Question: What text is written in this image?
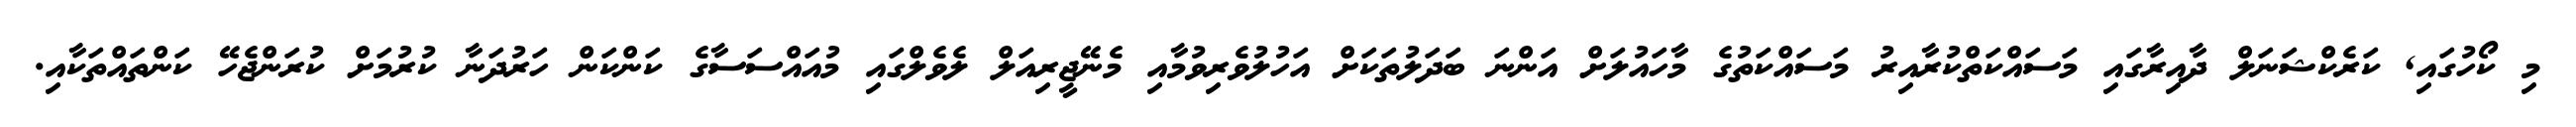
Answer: މި ކޯހުގައި, ކަރެކްޝަނަލް ދާއިރާގައި މަސައްކަތްކުރާއިރު މަސައްކަތުގެ މާހައުލަށް އަންނަ ބަދަލުތަކަށް އަހުލުވެރިވުމާއި މެނޭޖީރިއަލް ލެވެލްގައި މުއައްސަސާގެ ކަންކަން ހަރުދަނާ ކުރުމަށް ކުރަންޖެހޭ ކަންތައްތަކާއި.